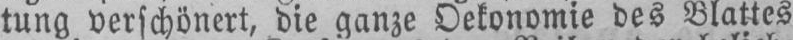
tung verschönert, die ganze Dekonomie des Blattes